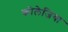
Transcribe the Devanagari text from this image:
कोलेजिया